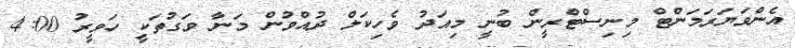
އެންވަޔަރަމަންޓް މިނިސްޓްރީން ބުނީ މިއަދު ވެހިކަލް ދުއްވުން މަނާ ވަގުތަކީ ހަވީރު 4:00